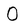
Character: 0